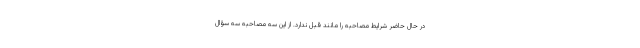
در حال حاضر شرایط مصاحبه را مانند قبل ندارد. از این سه مصاحبه سه سؤال